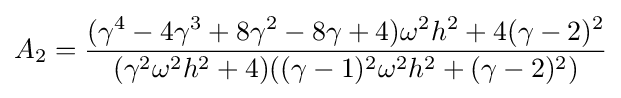
A_{2}={\frac {(\gamma ^{4}-4\gamma ^{3}+8\gamma ^{2}-8\gamma +4)\omega ^{2}h^{2}+4(\gamma -2)^{2}}{(\gamma ^{2}\omega ^{2}h^{2}+4)((\gamma -1)^{2}\omega ^{2}h^{2}+(\gamma -2)^{2})}}